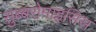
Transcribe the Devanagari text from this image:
सुब्बरोमाइसिस